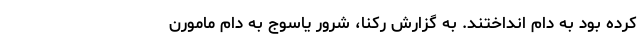
کرده بود به دام انداختند. به گزارش رکنا، شرور یاسوج به دام مامورن